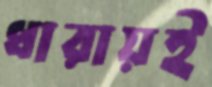
ধারায়ই